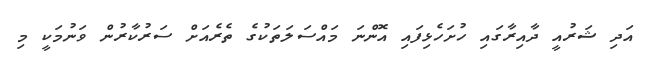
އަދި ޝަރުއީ ދާއިރާގައި ހުށަހެޅިފައި އޮންނަ މައްސަލަތަކުގެ ތެރެއަށް ސަރުކާރުން ވަނުމަކީ މި